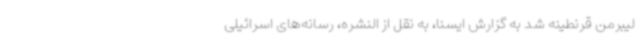
لیبرمن قرنطینه شد به گزارش ایسنا، به نقل از النشره، رسانه‌های اسرائیلی